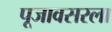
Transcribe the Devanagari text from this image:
पूजावसरला